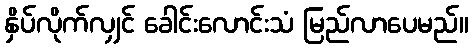
နှိပ်လိုက်လျှင် ခေါင်းလောင်းသံ မြည်လာပေမည်။